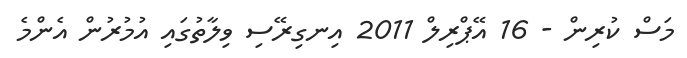
މަސް ކުރިން - 16 އޭޕްރިލް 2011 އިނގިރޭސި ވިލާތުގައި އުމުރުން އެންމެ